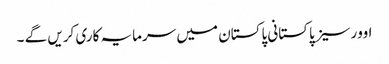
اوورسیز پاکستانی پاکستان میں سرمایہ کاری کریں گے ۔